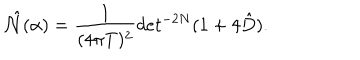
LaTeX: \hat { { \cal N } } ( \alpha ) = { \frac { 1 } { ( 4 \pi T ) ^ { 2 } } } d e t ^ { - 2 N } ( 1 + 4 \hat { D } ) .